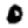
Digit: 0